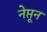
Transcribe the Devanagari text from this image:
नेप्तून